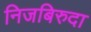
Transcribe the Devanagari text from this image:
निजबिरुदा